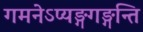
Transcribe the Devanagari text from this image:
गमनेऽप्यङ्गगङ्गन्ति